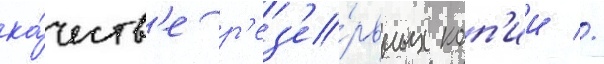
ка́честв'е р'ез'е́рвных коп'ии //